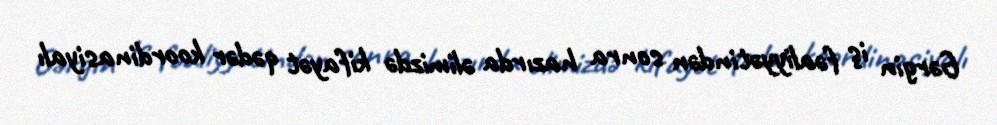
Gərgin iş fəaliyyətindən sonra hazırda əlimizdə kifayət qədər koordinasiyalı